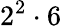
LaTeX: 2^{2}\cdot 6